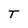
Character: T